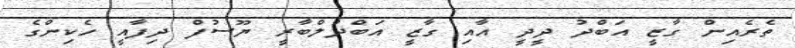
ތެރެއިން ގާޒީ އަބްދު ދީދީ އާއި ގާޒީ އަބްދުލްބާރީ ޔޫސުފް ދިފާއީ ހެކިންގެ